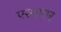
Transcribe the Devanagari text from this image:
एरशायर